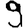
Digit: 9